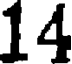
14